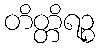
တိတ္တိရဉ္စ